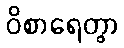
ဝိစာရေတွာ